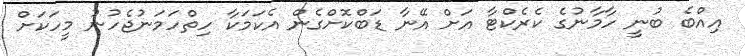
އިއްބެ ބުނީ ހާމާނުގެ ކެރެކްޓާ އަށް އޭނާ ޑަބްކޮށްގެން އެކަމަކާ ހިތްހަމަނުޖެހުނު މީހަކަށް